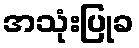
အသုံးပြုခ